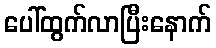
ပေါ်ထွက်လာပြီးနောက်